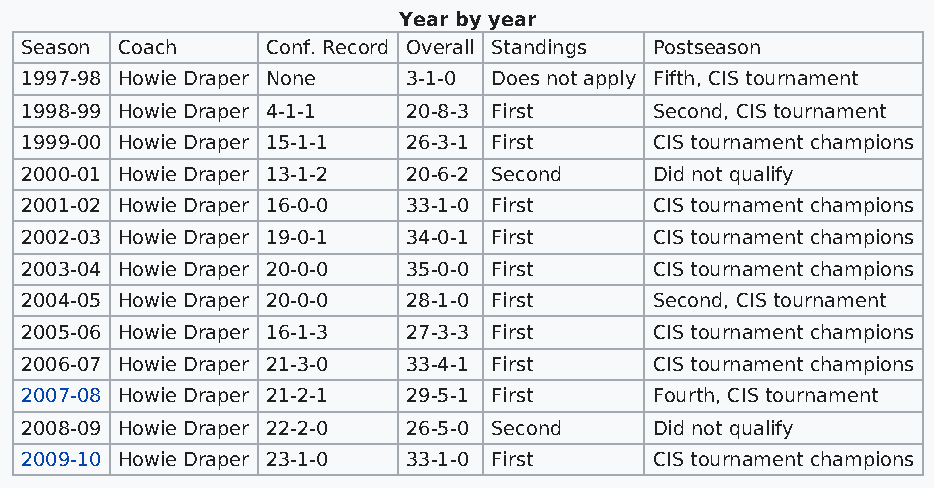
Year by year
 Season Coach     Conf. Record Overall Standings Postseason
 1997-98 Howie Draper None 3-1-0 Does not apply Fifth, CIS tournament
 1998-99 Howie Draper 4-1-1 20-8-3 First   Second, CIS tournament
 1999-00 Howie Draper 15-1-1 26-3-1 First  CIS tournament champions
 2000-01 Howie Draper 13-1-2 20-6-2 Second Did not qualify
 2001-02 Howie Draper 16-0-0 33-1-0 First  CIS tournament champions
 2002-03 Howie Draper 19-0-1 34-0-1 First  CIS tournament champions
 2003-04 Howie Draper 20-0-0 35-0-0 First  CIS tournament champions
 2004-05 Howie Draper 20-0-0 28-1-0 First  Second, CIS tournament
 2005-06 Howie Draper 16-1-3 27-3-3 First  CIS tournament champions
 2006-07 Howie Draper 21-3-0 33-4-1 First  CIS tournament champions
 2007-08 Howie Draper 21-2-1 29-5-1 First  Fourth, CIS tournament
 2008-09 Howie Draper 22-2-0 26-5-0 Second Did not qualify
 2009-10 Howie Draper 23-1-0 33-1-0 First  CIS tournament champions